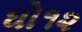
ધો૧૨